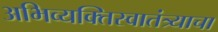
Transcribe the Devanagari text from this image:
अभिव्यक्तिस्वातंत्र्याचा